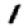
Digit: 1